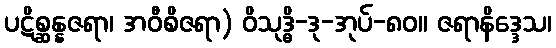
ပဋိစ္ဆန္နဇရာ၊ အဝီစိဇရာ) ဝိသုဒ္ဓိ-ဒု-အုပ်-၈၀။ ဇရာနိဒ္ဒေသ၊